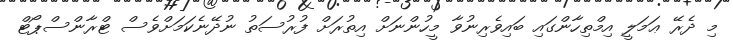
މި ދެރޭ ޢަމަލީ އިމްތިހާންގައި ބައިވެރިނުވާ މީހުންނަށް އިތުރަށް ފުރުސަތު ނުދޭނެކަމަށްވެސް ޓްރާންސްޕޯޓް